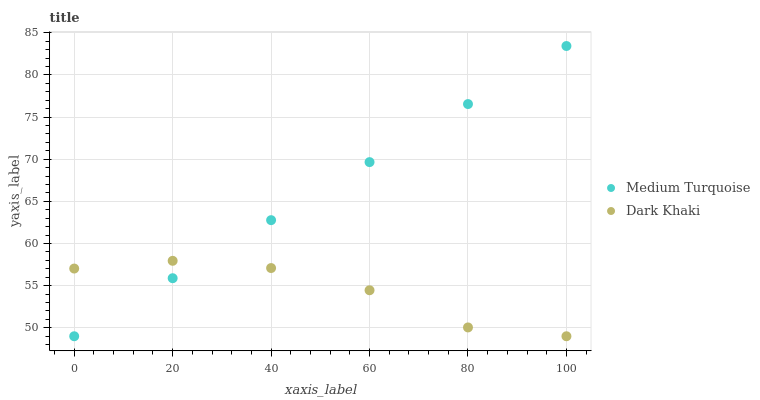
| xaxis_label | Medium Turquoise | Dark Khaki |
 | --- | --- | --- |
 | 0 | 49 | 57 |
 | 20 | 55.9 | 57.9 |
 | 40 | 62.8 | 57.1 |
 | 60 | 69.7 | 54.5 |
 | 80 | 76.5 | 50 |
 | 100 | 83.4 | 49 |